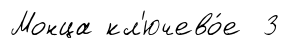
Монца кл'ючево́е 3